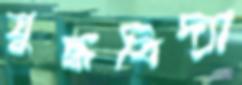
যুদ্ধবিদ্যা